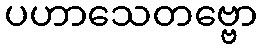
ပဟာသေတဗ္ဗော